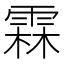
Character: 霖